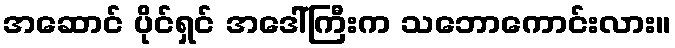
အဆောင် ပိုင်ရှင် အဒေါ်ကြီးက သဘောကောင်းလား။